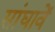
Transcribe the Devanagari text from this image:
सांघावें